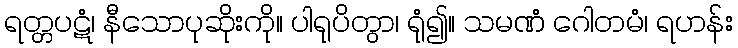
ရတ္တပဋံ၊ နီသောပုဆိုးကို။ ပါရုပိတွာ၊ ရုံ၍။ သမဏံ ဂေါတမံ၊ ရဟန်း